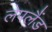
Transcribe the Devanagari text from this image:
लेपलैंड